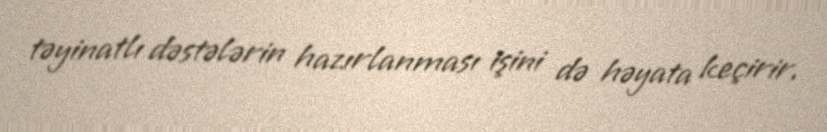
təyinatlı dəstələrin hazırlanması işini də həyata keçirir.